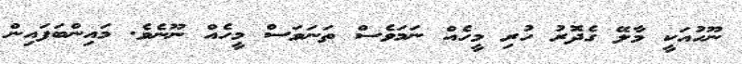
ނޫހުއަކީ މާލޭ ގެދޮރު ހުރި މީހެއް ނަމަވެސް ތަނަވަސް މީހެއް ނޫނެވެ. މައިންބަފައިން